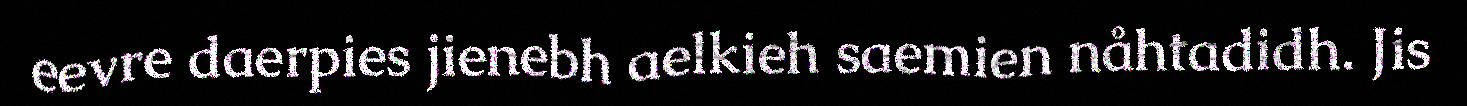
eevre daerpies jienebh aelkieh saemien nåhtadidh. Jis